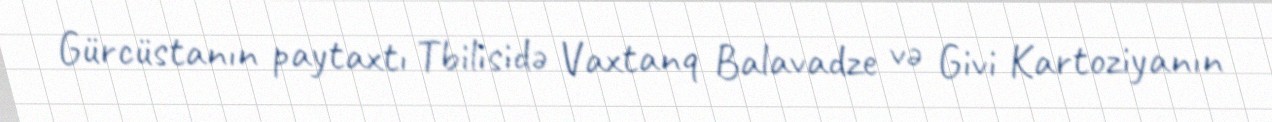
Gürcüstanın paytaxtı Tbilisidə Vaxtanq Balavadze və Givi Kartoziyanın